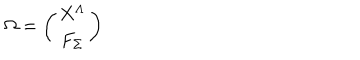
LaTeX: \Omega = \left( \begin{matrix} { { X ^ { \Lambda } } } \\ { { F _ { \Sigma } } } \\ \end{matrix} \right)